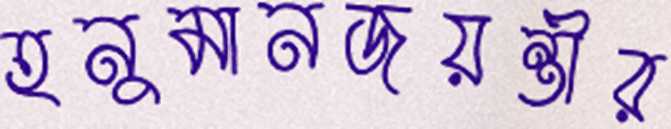
হনুমানজয়ন্তীর